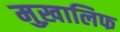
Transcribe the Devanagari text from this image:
मुख़ालिफ